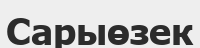
Сарыөзек